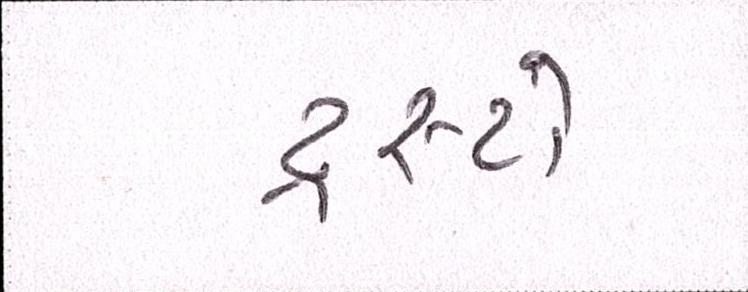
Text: ટ્રસ્ટો